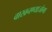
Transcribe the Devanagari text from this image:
वाखनण्याजोगा